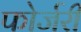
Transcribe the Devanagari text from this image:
फोर्जरी